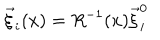
LaTeX: \vec { \xi } _ { i } ( x ) = R ^ { - 1 } ( x ) \vec { \xi } _ { i } ^ { 0 }